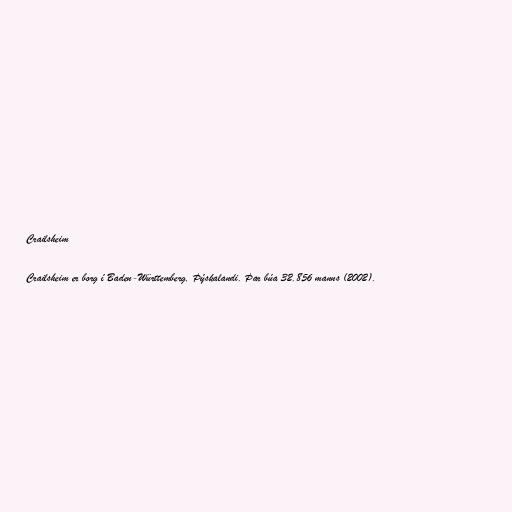
Crailsheim

Crailsheim er borg í Baden-Württemberg, Þýskalandi. Þar búa 32.856 manns (2002).